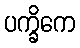
ပက္ခိကေ